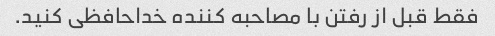
فقط قبل از رفتن با مصاحبه کننده خداحافظی کنید.